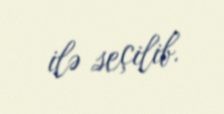
ilə seçilib.